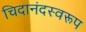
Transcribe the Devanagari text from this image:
चिदानंदस्वरूप